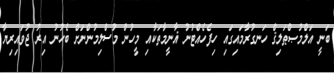
ބަނީ އަލްމުޞްޠަލިޤް ހަނގުރާމައިގައި ހިފެހެއްޓުނު ޣާނީމާތަކާއި މީހުން މުސްލިމުންނަށް ބެހުނު އިރު ޖުވައިރިޔާ